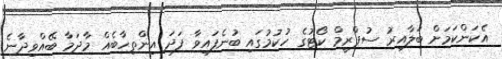
އެކަންކަމަށް ބަލާއިރު ސުޕްރީމް ކޯޓުގެ ހުކުމުގައި ބުނެފައިވާ ފަދަ އިންތިހާބެއް މާދަމާ ބޭއްވިދާނެ